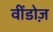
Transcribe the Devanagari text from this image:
वींडोज़